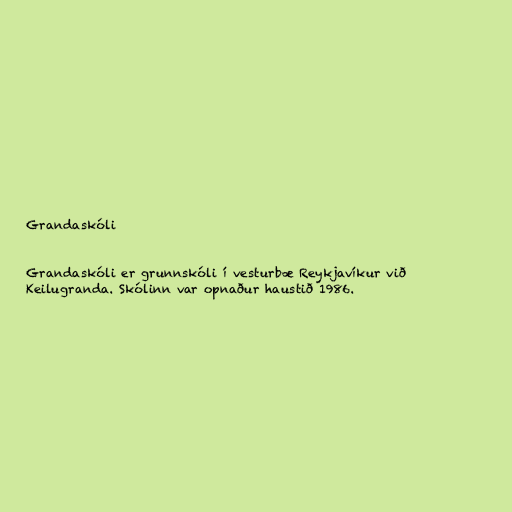
Grandaskóli

Grandaskóli er grunnskóli í vesturbæ Reykjavíkur við
Keilugranda. Skólinn var opnaður haustið 1986.